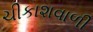
ચીકાશવાળી